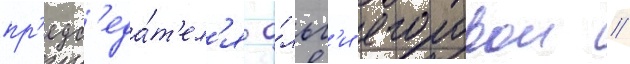
пр'едс'еда́т'ел'я о́льг'и егоровои //